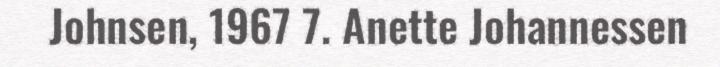
Johnsen, 1967 7. Anette Johannessen